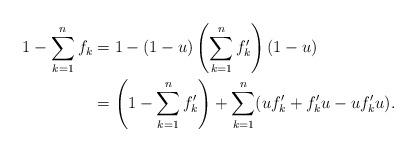
LaTeX: \begin{align*}1 -\sum_{k=1}^n f_k &= 1 - (1-u)\left( \sum_{k=1}^n f_k' \right)(1-u) \\&= \left( 1 - \sum_{k=1}^n f_k'\right) + \sum_{k=1}^n (uf_k' + f_k' u - uf_k'u).\end{align*}